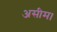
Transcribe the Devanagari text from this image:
असीम।